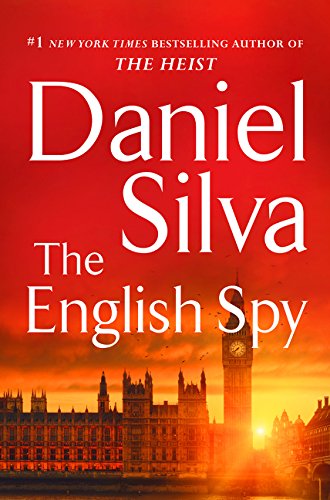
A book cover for The English Spy; Daniel Silva; Mystery, Thriller & Suspense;